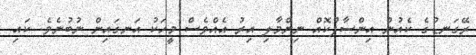
ރޭގަނޑުގެ ކެއުން އިންސާފުކޮއް ނިންމާލި އިރު އެއްވެސް މީހަކު އަނގައިން ނުބުނެވެ. ކައި